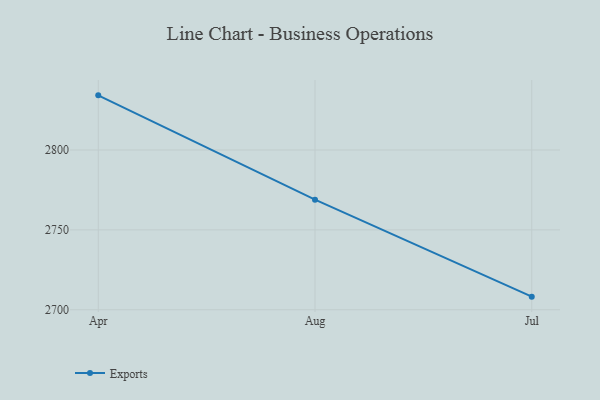
{"axis": {"x": "Month", "y": "Energy Usage (MWh)"}, "legend": ["Exports"], "data": [{"x": "Apr", "y": 2834.2, "type": "Exports"}, {"x": "Aug", "y": 2768.9, "type": "Exports"}, {"x": "Jul", "y": 2708.2, "type": "Exports"}]}